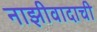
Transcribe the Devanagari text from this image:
नाझीवादाची